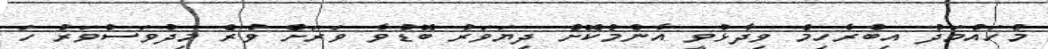
މުހައްމަދު އިބްރާހިމް ވިދާޅުވީ އާންމުކޮށް ދިޔަަވަރު ބޮޑުވާ ވަރަށް ވުރެ މިދުވަސްވަރު ހަ